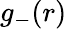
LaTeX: g_{-}(r)